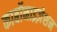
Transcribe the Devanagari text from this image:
कार्बोनाइज़ेशन